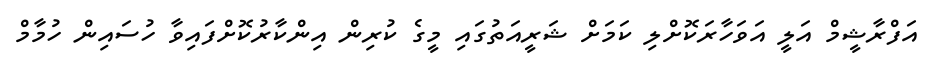
އަފްރާޝީމް އަލީ އަވަހާރަކޮށްލި ކަމަށް ޝަރީއަތުގައި މީގެ ކުރިން އިންކާރުކޮށްފައިވާ ހުސައިން ހުމާމް